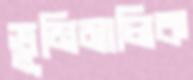
ভূমিমালিক